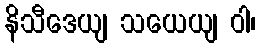
နိသီဒေယျ သယေယျ ဝါ၊